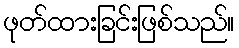
ဖုတ်ထားခြင်းဖြစ်သည်။